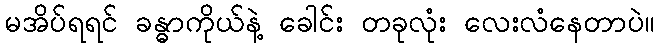
မအိပ်ရရင် ခန္ဓာကိုယ်နဲ့ ခေါင်း တခုလုံး လေးလံနေတာပဲ။